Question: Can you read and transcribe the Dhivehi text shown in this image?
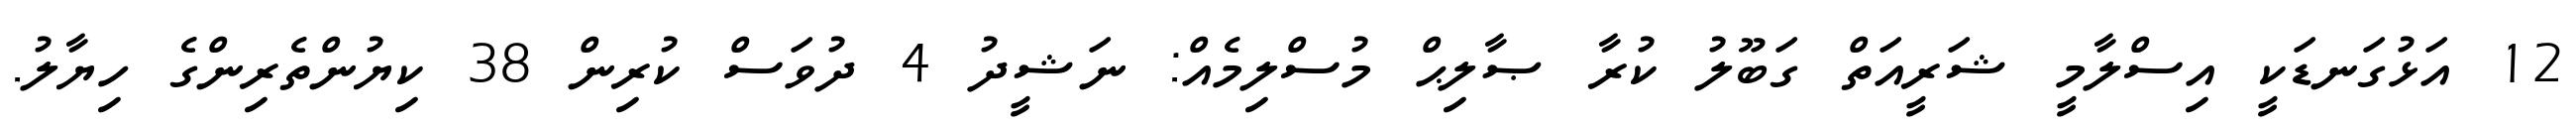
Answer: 12 އަޅުގަނޑަކީ އިސްލާމީ ޝަރީއަތް ގަބޫލު ކުރާ ޞާލިޙް މުސްލިމެއް: ނަޝީދު 4 ދުވަސް ކުރިން 38 ކިޔުންތެރިންގެ ހިޔާލު.